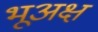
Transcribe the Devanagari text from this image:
भूअक्ष